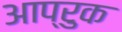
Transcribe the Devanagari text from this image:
आप्रुक